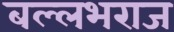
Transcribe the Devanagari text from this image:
बल्लभराज